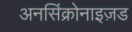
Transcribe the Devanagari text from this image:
अनसिंक्रोनाइज़ड